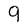
Character: 9